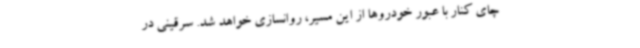
چای کنار با عبور خودروها از این مسیر، روانسازی خواهد شد. سرقینی در